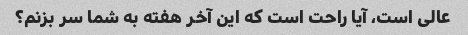
عالی است، آیا راحت است که این آخر هفته به شما سر بزنم؟